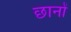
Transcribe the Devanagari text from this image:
छानों